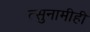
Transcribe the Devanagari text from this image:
त्सुनामीही